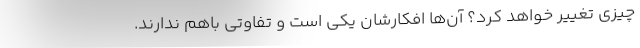
چیزی تغییر خواهد کرد؟ آن‌ها افکارشان یکی است و تفاوتی باهم ندارند.